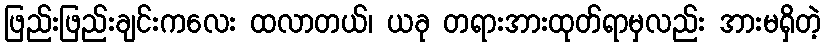
ဖြည်းဖြည်းချင်းကလေး ထလာတယ်၊ ယခု တရားအားထုတ်ရာမှလည်း အားမရှိတဲ့